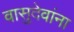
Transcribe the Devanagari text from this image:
वासुदेवांना